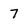
Character: 7